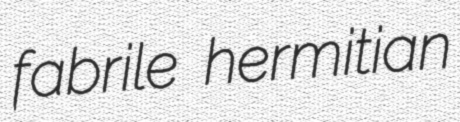
fabrile hermitian